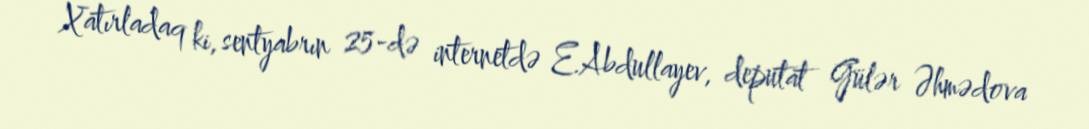
Xatırladaq ki, sentyabrın 25-də internetdə E.Abdullayev, deputat Gülər Əhmədova